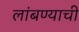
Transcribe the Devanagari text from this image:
लांबण्याची